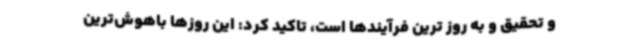
و تحقیق و به روز ترین فرآیندها است، تاکید کرد: این روزها باهوش‌ترین